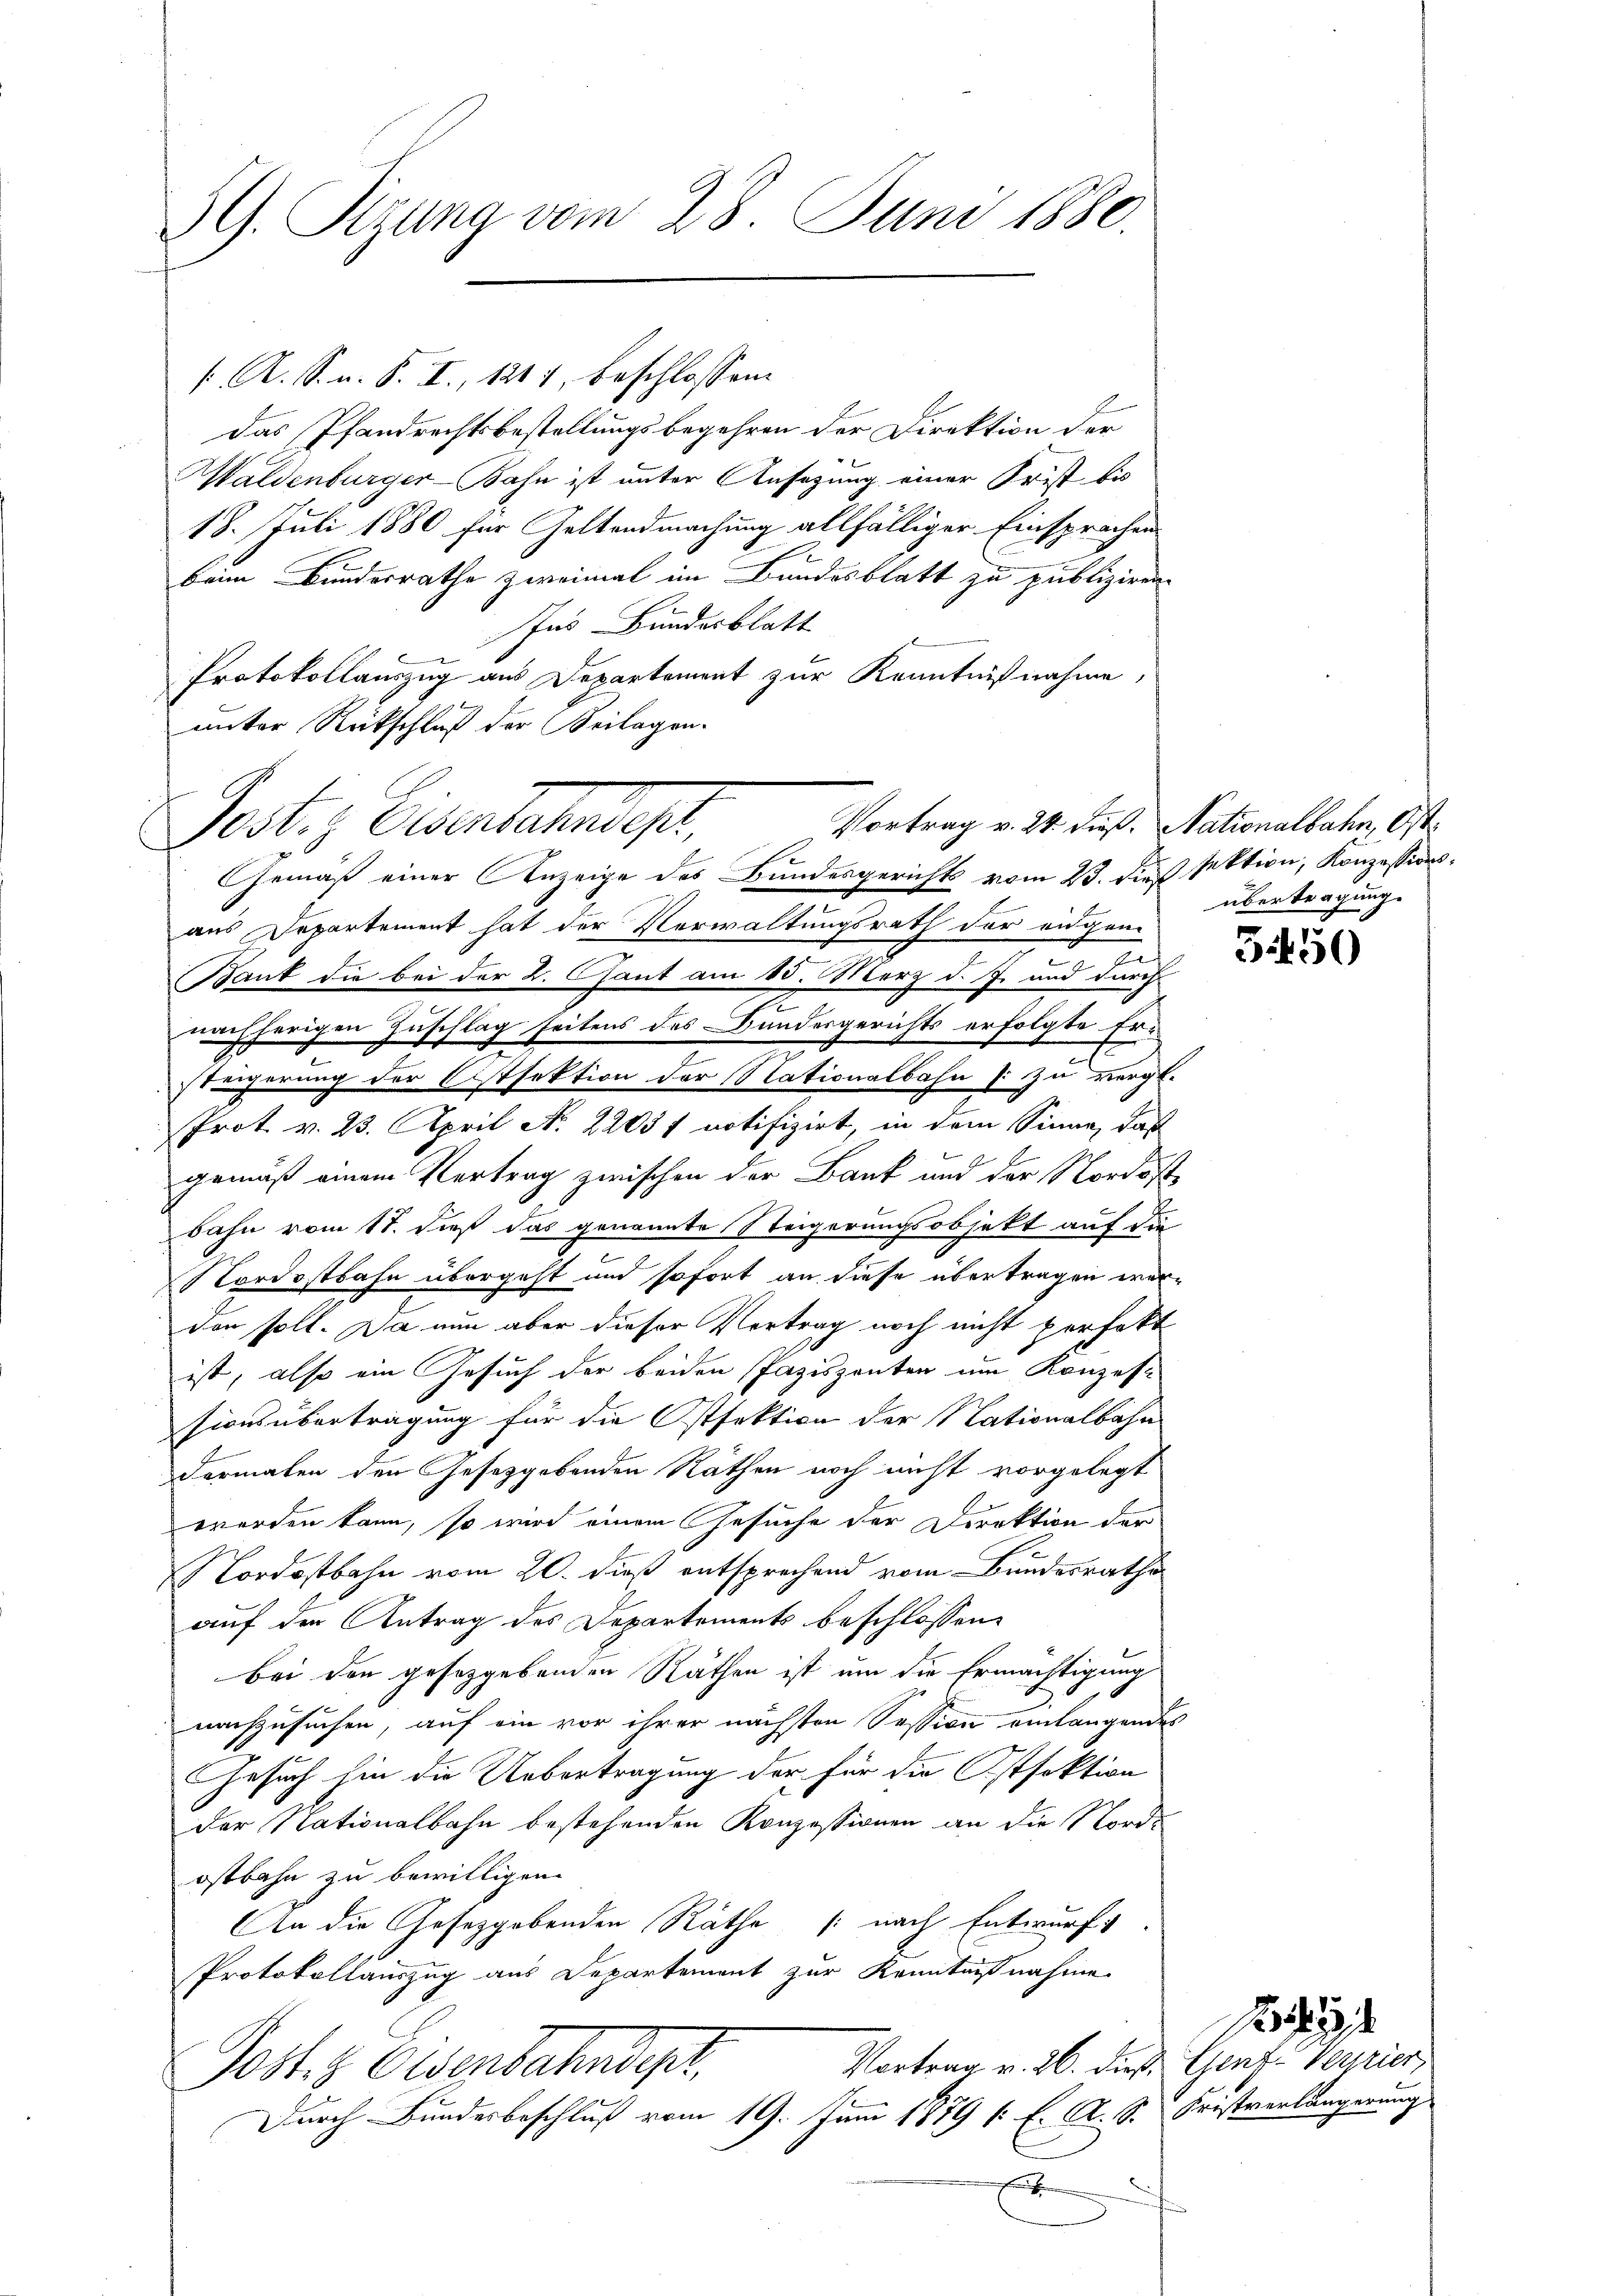
3G. Sitzung vom 28. Juni 1880.

f. A. S. u. S. I., 1817, beschlossen:
das Pfandrechtsbestellungsbegehren der Direktion der
Maldenburger-Bahn ist unter Ansehung einer Frist bis
18. Juli 1880 für Geltendmachung allfälliger Einsprachen
beim Bundesrathe zweimal im Bundesblatt zu publiziren.
Ins Bundesblatt
Protokollauszug aus Departement zur Kenntnißnahme,
unter Rückschluß der Beilagen.

Vortrag v. 24. dieß. Nationalbahn, Ost
Jeste, Eisenbahnst,

Gemäß einer Anzeige des Bundesgerichts vom 23. die sektion, Konzessionsaus Departement hat der Verwaltungsrath der eidgen
z
Bant die bei der 2. Gant am 15. März d. J. und durch
7
g
nachherigen Zuschlag seitens des Bundesgerichts erfolgte Eräherung der Ostsektion der Stationalbahn s zu vergl.
Prot v. 23. April No. 2205 f notifizirt, in dem Sinne, das
gemäß einem Vertrag zwischen der Bank und der Nordostbahn vom 17. dieß das genannte Steigerungsobjekt auf die
Nordostbahn übergeht und sofort an diese übertragen werdon soll. Da nun aber dieser Vertrag noch nicht perfekt
ist, also ein Gesuch der beiden Paziszenten um Konzess
sionsübertragung für die Ostfektion der Nationalbahn
Formalen den Gesetzgebenden Näthen noch nicht vorgelegt
werden kann, so wird einem Gesuche der Direktion der
Nordostbahn vom 20. dieß entsprechend vom Bundesrathe
auf den Antrag des Departements beschlossene
bei den gesetzgebenden Räthen ist um die Ermächtigung
nachzusuchen, auf ein vor ihrer nächsten Session einlangendes
Gesuch hin die Uebertragung der für die Istfaktion
der Nationalbahn bestehenden Konzessionen an die Nordostbahn zu bewilligen.
An die Gesetzgebenden Räthe (nach Entwurf
Protokollauszug aus Departement zur Kenntnißnahme
Vortrag v. 26. dieß. Genz-Verrier
Jobl. z. Osenbahndept.
Durch Bundesbeschluß vom 19. Juni 1879 1: E. A. S. Fristverlängerung
b

übertragung.

3.450